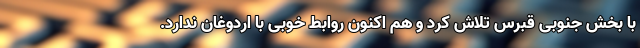
با بخش جنوبی قبرس تلاش کرد و هم اکنون روابط خوبی با اردوغان ندارد.